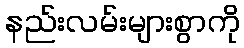
နည်းလမ်းများစွာကို